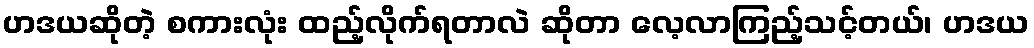
ဟဒယဆိုတဲ့ စကားလုံး ထည့်လိုက်ရတာလဲ ဆိုတာ လေ့လာကြည့်သင့်တယ်၊ ဟဒယ